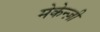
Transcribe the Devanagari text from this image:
मेकेन्ज़ी